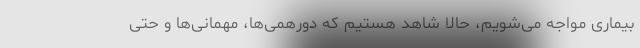
بیماری مواجه می‌شویم، حالا شاهد هستیم که دورهمی‌ها، مهمانی‌ها و حتی